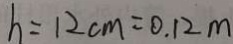
h = 1 2 c m = 0 . 1 2 m